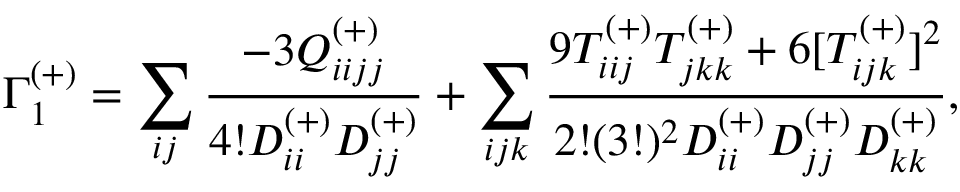
\Gamma _ { 1 } ^ { ( + ) } = \sum _ { i j } \frac { - 3 Q _ { i i j j } ^ { ( + ) } } { 4 ! D _ { i i } ^ { ( + ) } D _ { j j } ^ { ( + ) } } + \sum _ { i j k } \frac { 9 T _ { i i j } ^ { ( + ) } T _ { j k k } ^ { ( + ) } + 6 [ T _ { i j k } ^ { ( + ) } ] ^ { 2 } } { 2 ! ( 3 ! ) ^ { 2 } D _ { i i } ^ { ( + ) } D _ { j j } ^ { ( + ) } D _ { k k } ^ { ( + ) } } ,